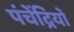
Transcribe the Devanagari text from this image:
पंचेंद्रियों